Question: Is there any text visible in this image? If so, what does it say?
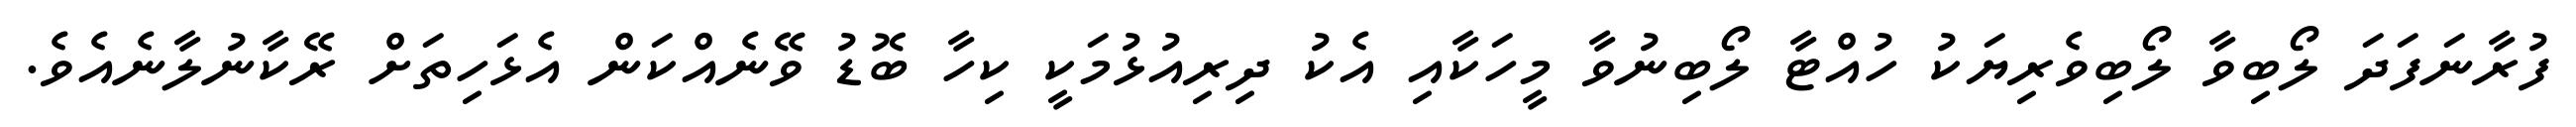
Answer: ފުރާނަފަދަ ލޯބިވާ ލޯބިވެރިޔަކު ހުއްޓާ ލޯބިނުވާ މީހަކާއި އެކު ދިރިއުޅުމަކީ ކިހާ ބޮޑު ވޭނެއްކަން އެޅަހިތަށް ރޭކާނުލާނެއެވެ.